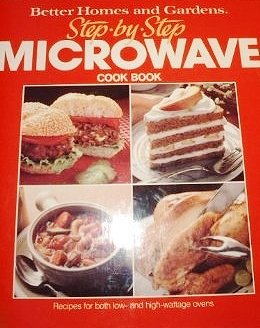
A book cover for Better Homes and Gardens Step-By-Step Microwave Cook Book (Better Homes & Gardens Step-By-Step); Better Homes and Gardens; Cookbooks, Food & Wine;